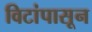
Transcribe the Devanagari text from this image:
विटांपासून